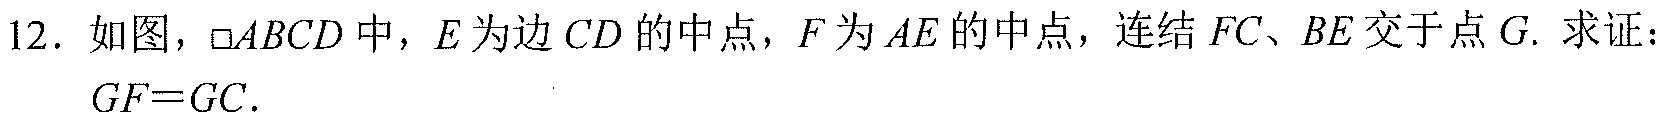
12. 如图，$\square ABCD$中，$E$为边$CD$的中点，$F$为$AE$的中点，连结$FC$、$BE$交于点$G$. 求证：
$GF = GC$.